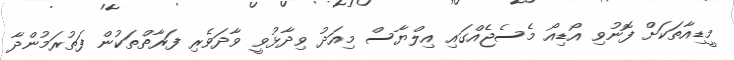
މީޑިއާތަކަށް ފޮނުވި އޯޑިއޯ މެސެޖެއްގައި އިލްޔާސް މިއަދު ވިދާޅުވީ ވާދަވެރި ފަރާތްތަކުން ފަތުރަމުންދާ